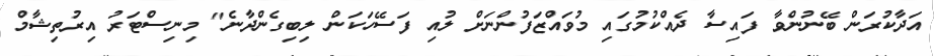
އަދާކުރަން ބޭނުންވާ ފައިސާ ދެއްކުމުގައި މުވައްޒަފުންނަށް ލުއި ފަސޭހަކަން ލިބިގެންދާނެ" މިނިސްޓަރު އިރުތިޝާމް